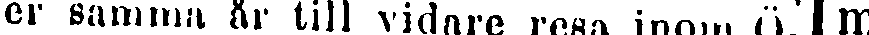
under samma år till vidare resa inom Ö | m